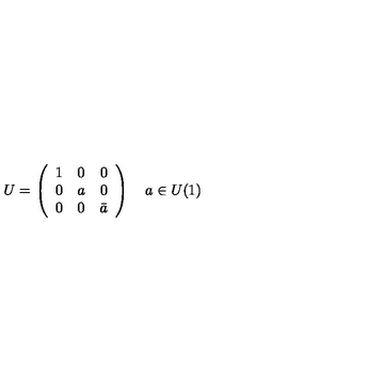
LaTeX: U = \left( \begin{array} { c c c } { 1 } & { 0 } & { 0 } \\ { 0 } & { a } & { 0 } \\ { 0 } & { 0 } & { \bar { a } } \\ \end{array} \right) \quad a \in U ( 1 )